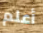
أعلم